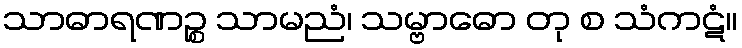
သာဓာရဏဉ္စ သာမညံ၊ သမ္ဗာဓော တု စ သံကဋံ။